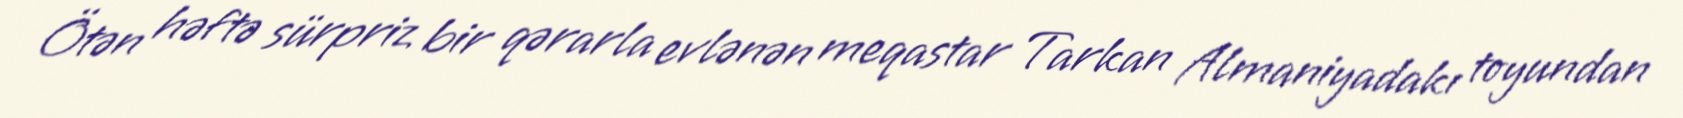
Ötən həftə sürpriz bir qərarla evlənən meqastar Tarkan Almaniyadakı toyundan